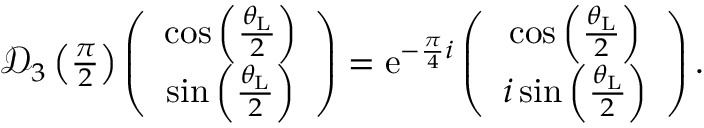
\begin{array} { r } { \mathcal { D } _ { 3 } \left( \frac { \pi } { 2 } \right) \left( \begin{array} { c c } { \cos \left( \frac { \theta _ { \mathrm { L } } } { 2 } \right) } \\ { \sin \left( \frac { \theta _ { \mathrm { L } } } { 2 } \right) } \end{array} \right) = \mathrm { e } ^ { - \frac { \pi } { 4 } i } \left( \begin{array} { c c } { \cos \left( \frac { \theta _ { \mathrm { L } } } { 2 } \right) } \\ { i \sin \left( \frac { \theta _ { \mathrm { L } } } { 2 } \right) } \end{array} \right) . } \end{array}